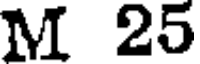
M 25